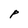
Character: P